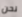
نحن